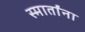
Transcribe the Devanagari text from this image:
स्मार्तांना